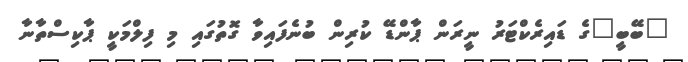
"ބޭބީ"ގެ ޑައިރެކްޓަރު ނީރަން ޕާންޑޭ ކުރިން ބުނެފައިވާ ގޮތުގައި މި ފިލްމަކީ ޕާކިސްތާނާ